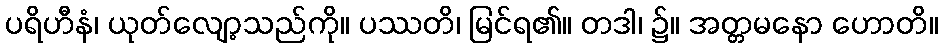
ပရိဟီနံ၊ ယုတ်လျော့သည်ကို။ ပဿတိ၊ မြင်ရ၏။ တဒါ၊ ၌။ အတ္တမနော ဟောတိ။